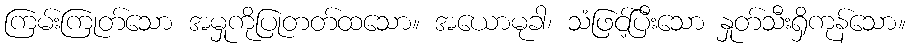
ကြမ်းကြုတ်သော အမှုကိုပြုတတ်ထသော။ အယောမုခါ၊ သံဖြင့်ပြီးသော နှုတ်သီးရှိကုန်သော။